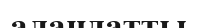
алаңдатты